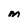
Character: M